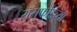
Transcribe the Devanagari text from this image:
रॉसफोर्डच्या